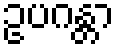
ဥပဂန္တာ